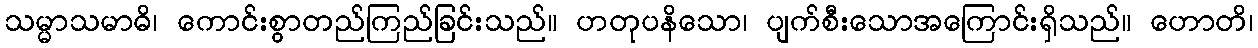
သမ္မာသမာဓိ၊ ကောင်းစွာတည်ကြည်ခြင်းသည်။ ဟတုပနိသော၊ ပျက်စီးသောအကြောင်းရှိသည်။ ဟောတိ၊